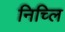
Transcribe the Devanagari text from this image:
निच्लि